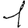
Digit: 1